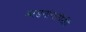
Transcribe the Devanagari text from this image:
आडनांवांपैकी